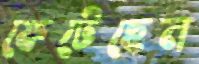
ফেটেছেন